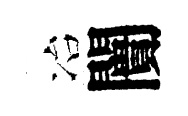
冶闠